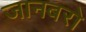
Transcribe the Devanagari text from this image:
जानबरो